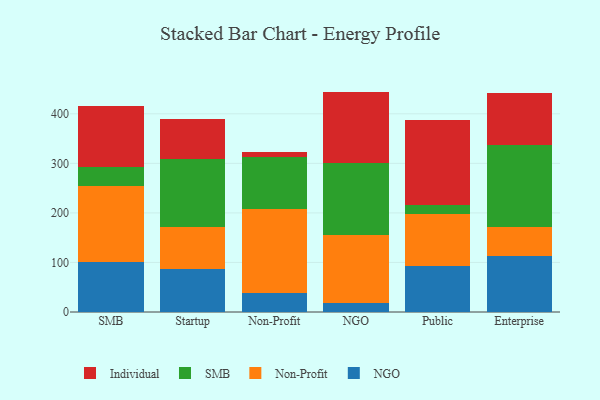
{"axis": {"x": "Segment", "y": "Gross Profit (USD K)"}, "legend": ["Individual", "NGO", "Non-Profit", "SMB"], "data": [{"x": "SMB", "y": 101.0, "type": "NGO"}, {"x": "SMB", "y": 153.4, "type": "Non-Profit"}, {"x": "SMB", "y": 37.7, "type": "SMB"}, {"x": "SMB", "y": 124.4, "type": "Individual"}, {"x": "Startup", "y": 86.8, "type": "NGO"}, {"x": "Startup", "y": 85.7, "type": "Non-Profit"}, {"x": "Startup", "y": 136.2, "type": "SMB"}, {"x": "Startup", "y": 80.1, "type": "Individual"}, {"x": "Non-Profit", "y": 37.7, "type": "NGO"}, {"x": "Non-Profit", "y": 169.7, "type": "Non-Profit"}, {"x": "Non-Profit", "y": 105.6, "type": "SMB"}, {"x": "Non-Profit", "y": 9.9, "type": "Individual"}, {"x": "NGO", "y": 18.9, "type": "NGO"}, {"x": "NGO", "y": 136.6, "type": "Non-Profit"}, {"x": "NGO", "y": 145.2, "type": "SMB"}, {"x": "NGO", "y": 144.1, "type": "Individual"}, {"x": "Public", "y": 93.8, "type": "NGO"}, {"x": "Public", "y": 103.2, "type": "Non-Profit"}, {"x": "Public", "y": 19.8, "type": "SMB"}, {"x": "Public", "y": 171.5, "type": "Individual"}, {"x": "Enterprise", "y": 113.8, "type": "NGO"}, {"x": "Enterprise", "y": 57.1, "type": "Non-Profit"}, {"x": "Enterprise", "y": 166.3, "type": "SMB"}, {"x": "Enterprise", "y": 104.1, "type": "Individual"}]}